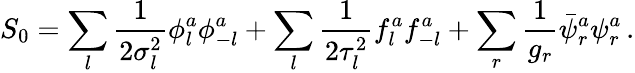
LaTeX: S_{0}=\sum_{l}{\frac{1}{2\sigma_{l}^{2}}}\phi_{l}^{a}\phi_{-l}^{a}+\sum_{l}{\frac{1}{2\tau_{l}^{2}}}f_{l}^{a}f_{-l}^{a}+\sum_{r}{\frac{1}{g_{r}}}\bar{\psi}_{r}^{a}\psi_{r}^{a}\, .